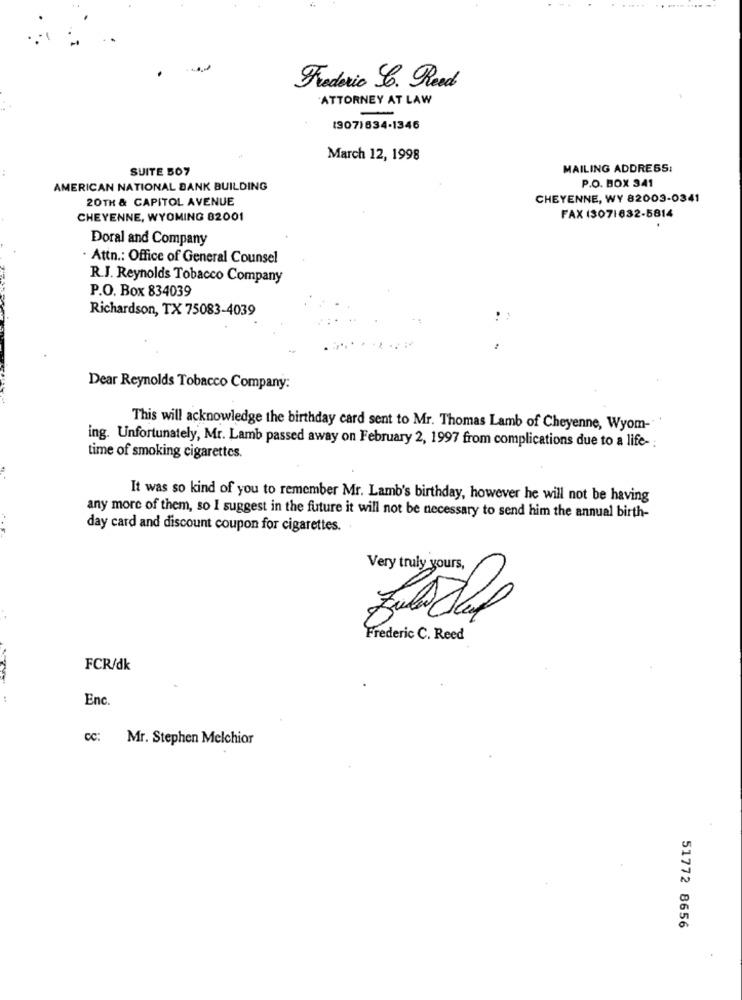
Frederic C. Read
ATTORNEY AT LAW
(907)634-1346
March 12, 1998
SUITE 507
MAILING ADDRESS:
P.O. BOX 341
AMERICAN NATIONAL BANK BUILDING
20TH & CAPITOL AVENUE
CHEYENNE, WY 82003-0341
CHEYENNE, WYOMING 82001
FAX 13071632-5814
Doral and Company
· Attn .: Office of General Counsel
R.J. Reynolds Tobacco Company
P.O. Box 834039
Richardson, TX 75083-4039
Dear Reynolds Tobacco Company:
This will acknowledge the birthday card sent to Mr. Thomas Lamb of Cheyenne, Wyom-
ing. Unfortunately, Mr. Lamb passed away on February 2, 1997 from complications due to a life- :
time of smoking cigarettes.
It was so kind of you to remember Mr. Lamb's birthday, however he will not be having
any more of them, so I suggest in the future it will not be necessary to send him the annual birth-
day card and discount coupon for cigarettes.
Very truly yours,
Frederic C. Reed
FCR/dk
:
Enc.
cc: Mr. Stephen Melchior
51772 8656